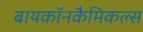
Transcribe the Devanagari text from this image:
बायकॉनकैमिकल्स